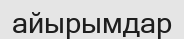
айырымдар